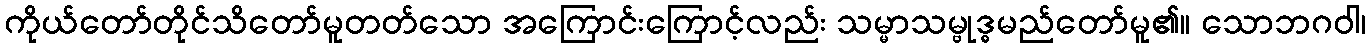
ကိုယ်တော်တိုင်သိတော်မူတတ်သော အကြောင်းကြောင့်လည်း သမ္မာသမ္ဗုဒ္ဓမည်တော်မူ၏။ သောဘဂဝါ၊